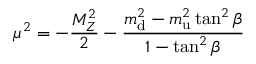
\mu ^ { 2 } = - { \frac { M _ { Z } ^ { 2 } } { 2 } } - \frac { m _ { \mathrm { d } } ^ { 2 } - m _ { \mathrm { u } } ^ { 2 } \tan ^ { 2 } \beta } { 1 - \tan ^ { 2 } \beta }